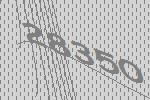
28350